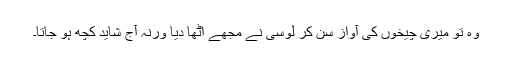
وہ تو میری چیخوں کی آواز سن کر لوسی نے مجھے اٹھا دیا ورنہ آج شاید کچھ ہو جاتا۔